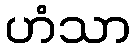
ဟံသာ